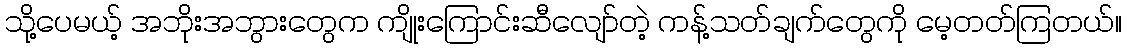
သို့ပေမယ့် အဘိုးအဘွားတွေက ကျိုးကြောင်းဆီလျော်တဲ့ ကန့်သတ်ချက်တွေကို မေ့တတ်ကြတယ်။